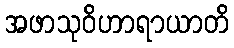
အဖာသုဝိဟာရာယာတိ